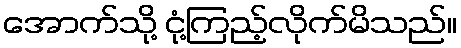
အောက်သို့ ငုံ့ကြည့်လိုက်မိသည်။